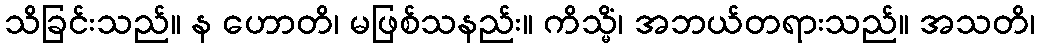
သိခြင်းသည်။ န ဟောတိ၊ မဖြစ်သနည်း။ ကိသ္မိံ၊ အဘယ်တရားသည်။ အသတိ၊